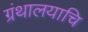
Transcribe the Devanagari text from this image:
ग्रंथालयाचि